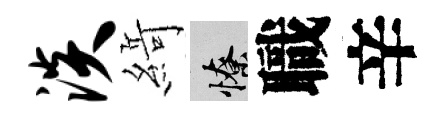
淡𦂶憭職辛